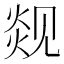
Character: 𬊦